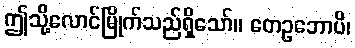
ဤသို့လောင်မြိုက်သည်ရှိသော်။ တေဥဘောပိ၊